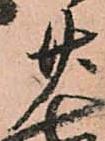
廿